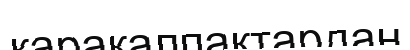
қарақалпақтардан